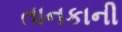
તાનકાની